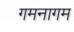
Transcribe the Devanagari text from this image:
गमनागम